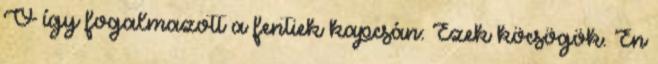
Ő így fogalmazott a fentiek kapcsán: Ezek köcsögök. Én